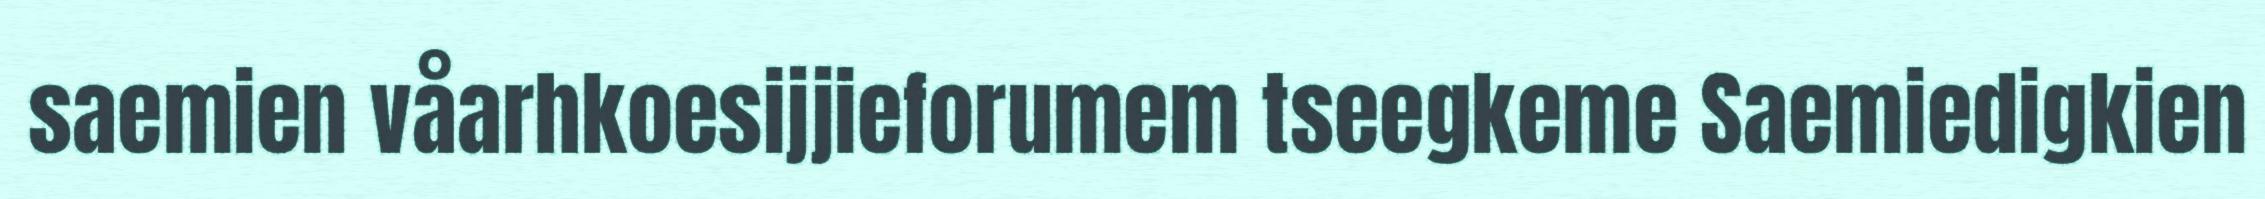
saemien våarhkoesijjieforumem tseegkeme Saemiedigkien